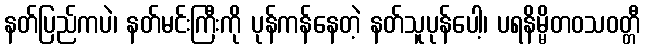
နတ်ပြည်ကပဲ၊ နတ်မင်းကြီးကို ပုန်ကန်နေတဲ့ နတ်သူပုန်ပေါ့၊ ပရနိမ္မိတဝသဝတ္တီ